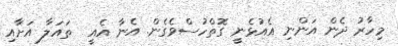
މިހާރު ދެން އަންނި އެއުޅެނީ ގޮތްހުސްވެގެން. އެނާ އެއީ  ތައަލާ އަށާއި